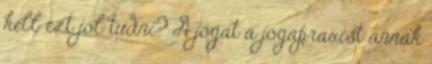
kell ezt jól tudni? A jógát a jógapraxist annak